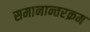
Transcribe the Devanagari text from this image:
समानान्तरक्रम